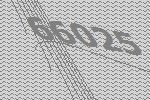
66025